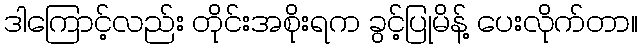
ဒါကြောင့်လည်း တိုင်းအစိုးရက ခွင့်ပြုမိန့် ပေးလိုက်တာ။